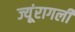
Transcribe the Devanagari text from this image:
ज्यूंरागली